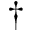
\dagger